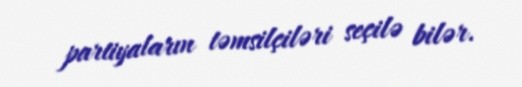
partiyaların təmsilçiləri seçilə bilər.